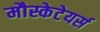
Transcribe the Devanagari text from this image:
मौस्केटेयर्स